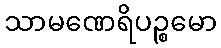
သာမဏေရိပဉ္စမော